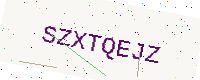
Text: SZXTQEJZ